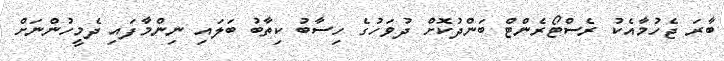
ބާރަ ޖެހުމާއެކު ރެސްޓޯރެންޓް ބަންދުކޮށް ދުވަހުގެ ހިސާބު ކިތާބު ބަލައި ނިންމާފައި ދެމީހުންނަށް